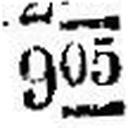
905